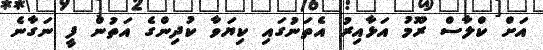
އަށް ކްލާސް ރޫމު އަޅާއިރު އެތަނުގައި ކިޔަވާ ކުދިންގެ އަތުން ފީ ނަގާނެ